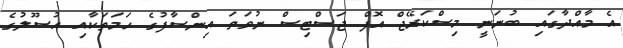
އެ މާއްދާގައި ބުނަނީ މިސްކަރޭޖް އޮފް ޖަސްޓިސް ނުވަތަ އިންސާފުގެ ހަމަތަކާއި އުސޫލުގެ